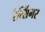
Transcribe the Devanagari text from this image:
रैत्सिंगर